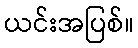
ယင်းအပြစ်။